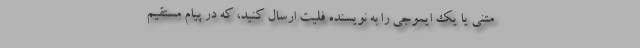
متنی یا یک ایموجی را به نویسنده فلیت ارسال کنید، که در پیام مستقیم